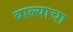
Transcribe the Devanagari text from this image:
बाल्याचा